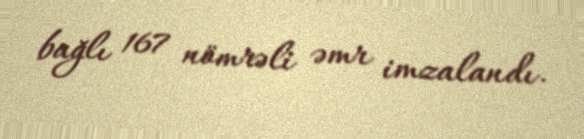
bağlı 167 nömrəli əmr imzalandı.